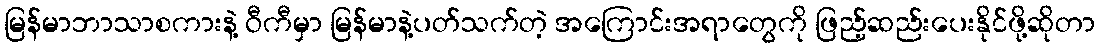
မြန်မာဘာသာစကားနဲ့ ဝီကီမှာ မြန်မာနဲ့ပတ်သက်တဲ့ အကြောင်းအရာတွေကို ဖြည့်ဆည်းပေးနိုင်ဖို့ဆိုတာ